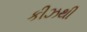
કીઝથી